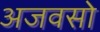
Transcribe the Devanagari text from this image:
अजवसो